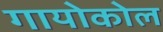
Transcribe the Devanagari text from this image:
गायोकोल